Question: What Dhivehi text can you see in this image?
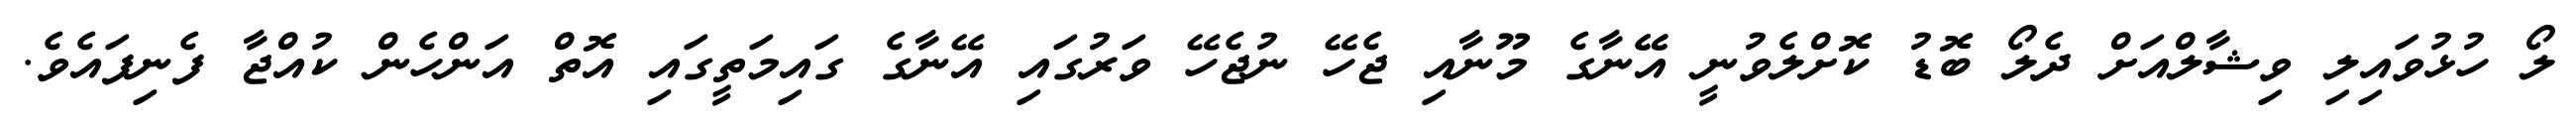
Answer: ލޯ ހުޅުވައިލި ވިޝާލްއަށް ދެލޯ ބޮޑު ކޮށްލެވުނީ އޭޭނާގެ މޫނާއި ޖެހޭ ނުޖެހޭ ވަރުގައި އޭނާގެ ގައިމަތީގައި އޮތް އަންހެން ކުއްޖާ ފެނިފައެވެ.